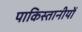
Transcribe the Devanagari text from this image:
पाकिस्तानीयों